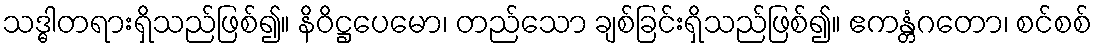
သဒ္ဓါတရားရှိသည်ဖြစ်၍။ နိဝိဋ္ဌပေမော၊ တည်သော ချစ်ခြင်းရှိသည်ဖြစ်၍။ ဧကန္တံဂတော၊ စင်စစ်